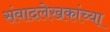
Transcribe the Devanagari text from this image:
संवादलेखकांच्या